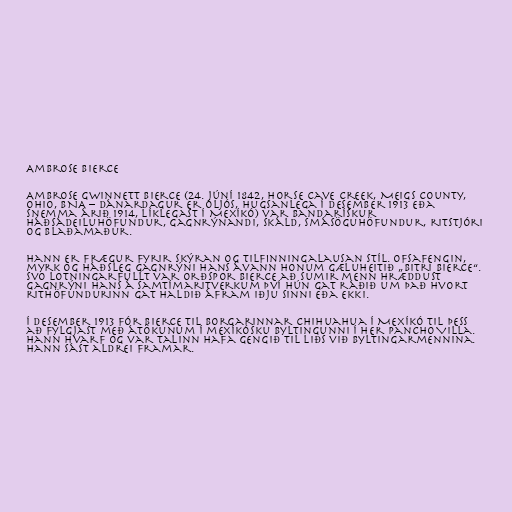
Ambrose Bierce

Ambrose Gwinnett Bierce (24. júní 1842, Horse Cave Creek, Meigs County,
Ohio, BNA – dánardagur er óljós, hugsanlega í desember 1913 eða
snemma árið 1914, líklegast í Mexíkó) var bandarískur
háðsádeiluhöfundur, gagnrýnandi, skáld, smásöguhöfundur, ritstjóri
og blaðamaður.

Hann er frægur fyrir skýran og tilfinningalausan stíl. Ofsafengin,
myrk og háðsleg gagnrýni hans ávann honum gæluheitið „bitri Bierce“.
Svo lotningarfullt var orðspor Bierce að sumir menn hræddust
gagnrýni hans á samtímaritverkum því hún gat ráðið um það hvort
rithöfundurinn gat haldið áfram iðju sinni eða ekki.

Í desember 1913 fór Bierce til borgarinnar Chihuahua í Mexíkó til þess
að fylgjast með átökunum í mexíkósku byltingunni í her Pancho Villa.
Hann hvarf og var talinn hafa gengið til liðs við byltingarmennina.
Hann sást aldrei framar.